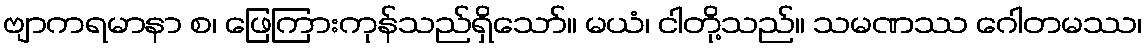
ဗျာကရမာနာ စ၊ ဖြေကြားကုန်သည်ရှိသော်။ မယံ၊ ငါတို့သည်။ သမဏဿ ဂေါတမဿ၊